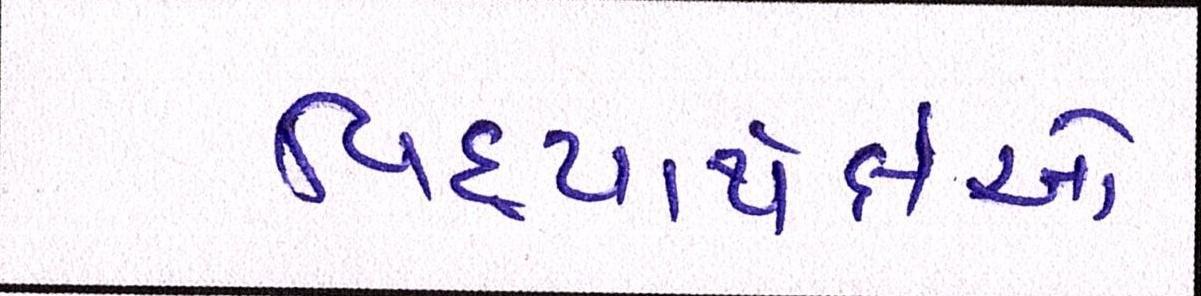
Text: વિદ્યાથર્ક્ષઓ